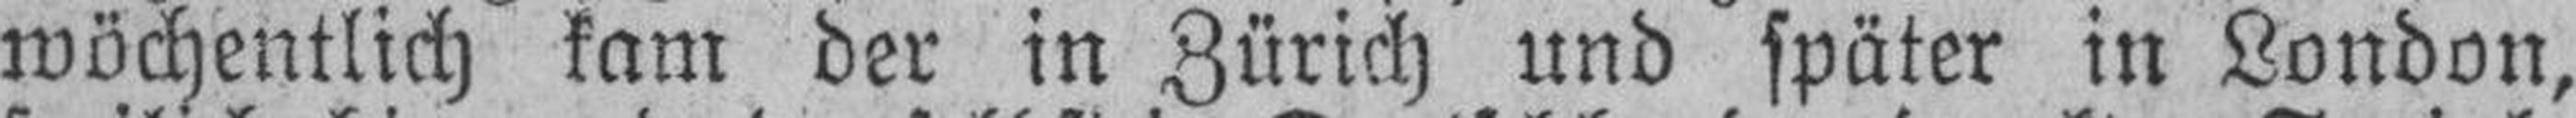
wöchentlich kam der in Zürich und später in London,